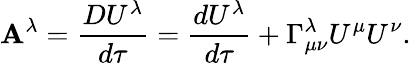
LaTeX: \mathbf{A}^{\lambda}=\frac{{DU^{\lambda}}}{{d\tau}}=\frac{{dU^{\lambda}}}{{d\tau}}+\Gamma_{\mu\nu}^{\lambda}U^{\mu}U^{\nu}.